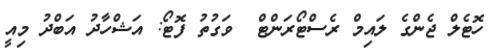
ހޮޓެލް ޖެންގެ ލައިމް ރެސްޓޯރަންޓް  ވަގުތު ފޮޓޯ: އަޝްހާދު އަބްދު މިއީ